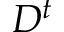
D ^ { t }